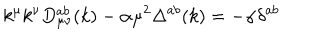
LaTeX: k ^ { \mu } k ^ { \nu } D _ { \mu \nu } ^ { a b } ( k ) - \alpha \mu ^ { 2 } \Delta ^ { a b } ( k ) = - \alpha \delta ^ { a b }